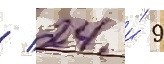
/ 24 и́ 9